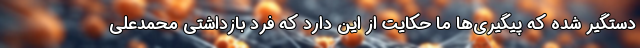
دستگیر شده که پیگیری‌ها ما حکایت از این دارد که فرد بازداشتی محمدعلی